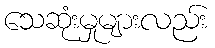
သေဆုံးမှုများလည်း